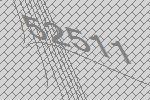
52511